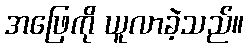
အဖြေကို ယူလာခဲ့သည်။